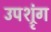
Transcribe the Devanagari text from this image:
उपश्रृंग